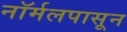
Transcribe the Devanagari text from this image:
नॉर्मलपासून